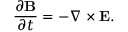
\frac { \partial { \bf { B } } } { \partial t } = - \nabla \times { \bf { E } } .